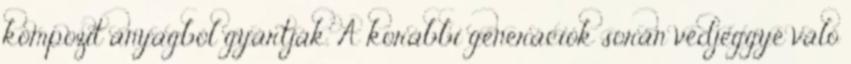
kompozit anyagból gyártják. A korábbi generációk során védjeggyé váló